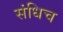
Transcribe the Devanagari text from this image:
संधिच